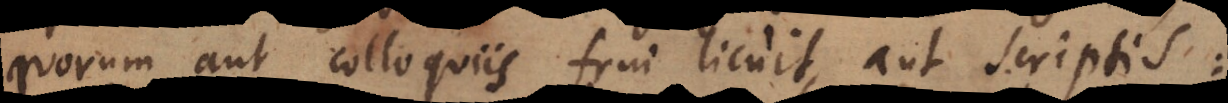
quorum aut colloquiis frui licuit, aut scriptis: